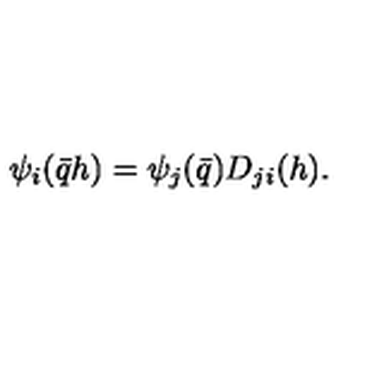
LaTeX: \psi _ { i } ( \bar { q } h ) = \psi _ { j } ( \bar { q } ) D _ { j i } ( h ) .